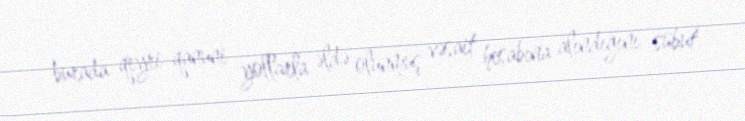
burada qeyri-qanuni yollarla əldə olunmuş vəsait hesabına alındığını sübut